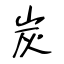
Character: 炭